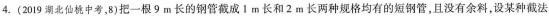
4.(2019湖北仙桃中考，8)把一根9m长的钢管截成m长和2m长两种规格均有的短钢管，且没有余料，设某种截法